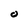
Character: O